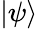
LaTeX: |\psi\rangle